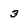
Character: 3